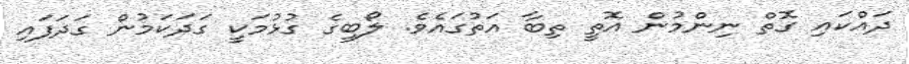
ދައްކައި ގޮތް ނިންމުން އޮތީ ތިބާ އަތުގައެވެ. ލޯބީގެ ގުޅުމަކީ ގަދަކަމުން ގަދަފައި